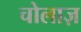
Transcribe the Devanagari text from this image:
चोलाज़